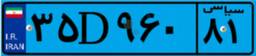
۳۵D۹۶۰۸۱